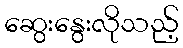
ဆွေးနွေးလိုသည့်